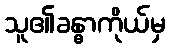
သူ၏ခန္ဓာကိုယ်မှ